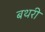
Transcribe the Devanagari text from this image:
बथरी